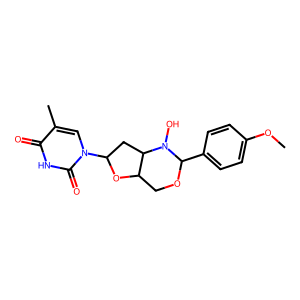
SMILES: COc1ccc(C2OCC3OC(n4cc(C)c(=O)[nH]c4=O)CC3N2O)cc1
Inhibits HIV replication: No